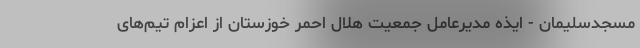
مسجدسلیمان - ایذه مدیرعامل جمعیت هلال احمر خوزستان از اعزام تیم‌های